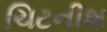
ચિટનીશ